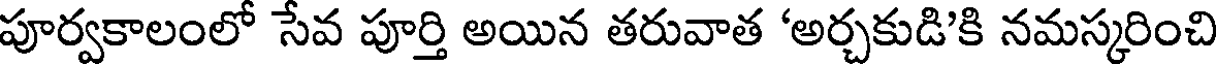
పూర్వకాలంలో సేవ పూర్తి అయిన తరువాత 'అర్చకుడి'కి నమస్కరించి